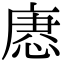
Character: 𢞢